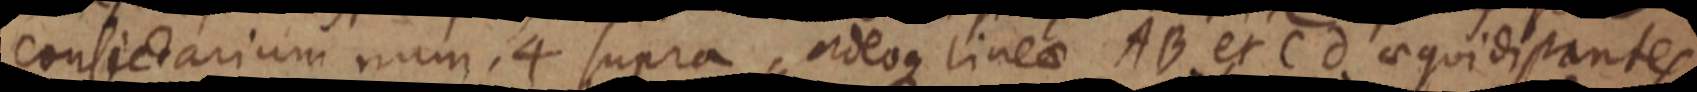
consectarium num. 4 supra, adeoque lineae AB et Cd aequidistantes